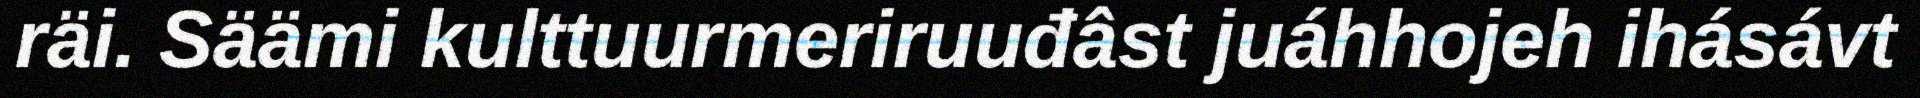
räi. Säämi kulttuurmeriruuđâst juáhhojeh ihásávt